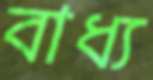
বাধ্য